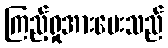
ကြည့်ရှုအားပေးသည်